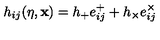
h _ { i j } ( \eta , { \bf x } ) = h _ { + } e _ { i j } ^ { + } + h _ { \times } e _ { i j } ^ { \times } \,